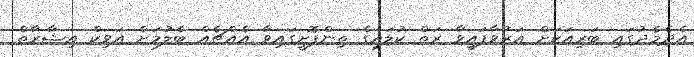
އެދެމެދުގައި ބަރިއަކަށް އަރުވާފައިވާ ރަތް ކުލައިގެ ތިންފޮށީގައިވާ އެއްޗެއް ބެލުމަށް އަވިކް އިޝާރާތް